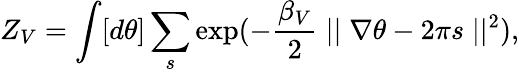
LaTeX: Z_{V}=\int[d\theta]\sum_{s}\exp(-\frac{{\beta}_{V}}{2}\mid\mid\nabla\theta-2\pi s\mid\mid^{2}),